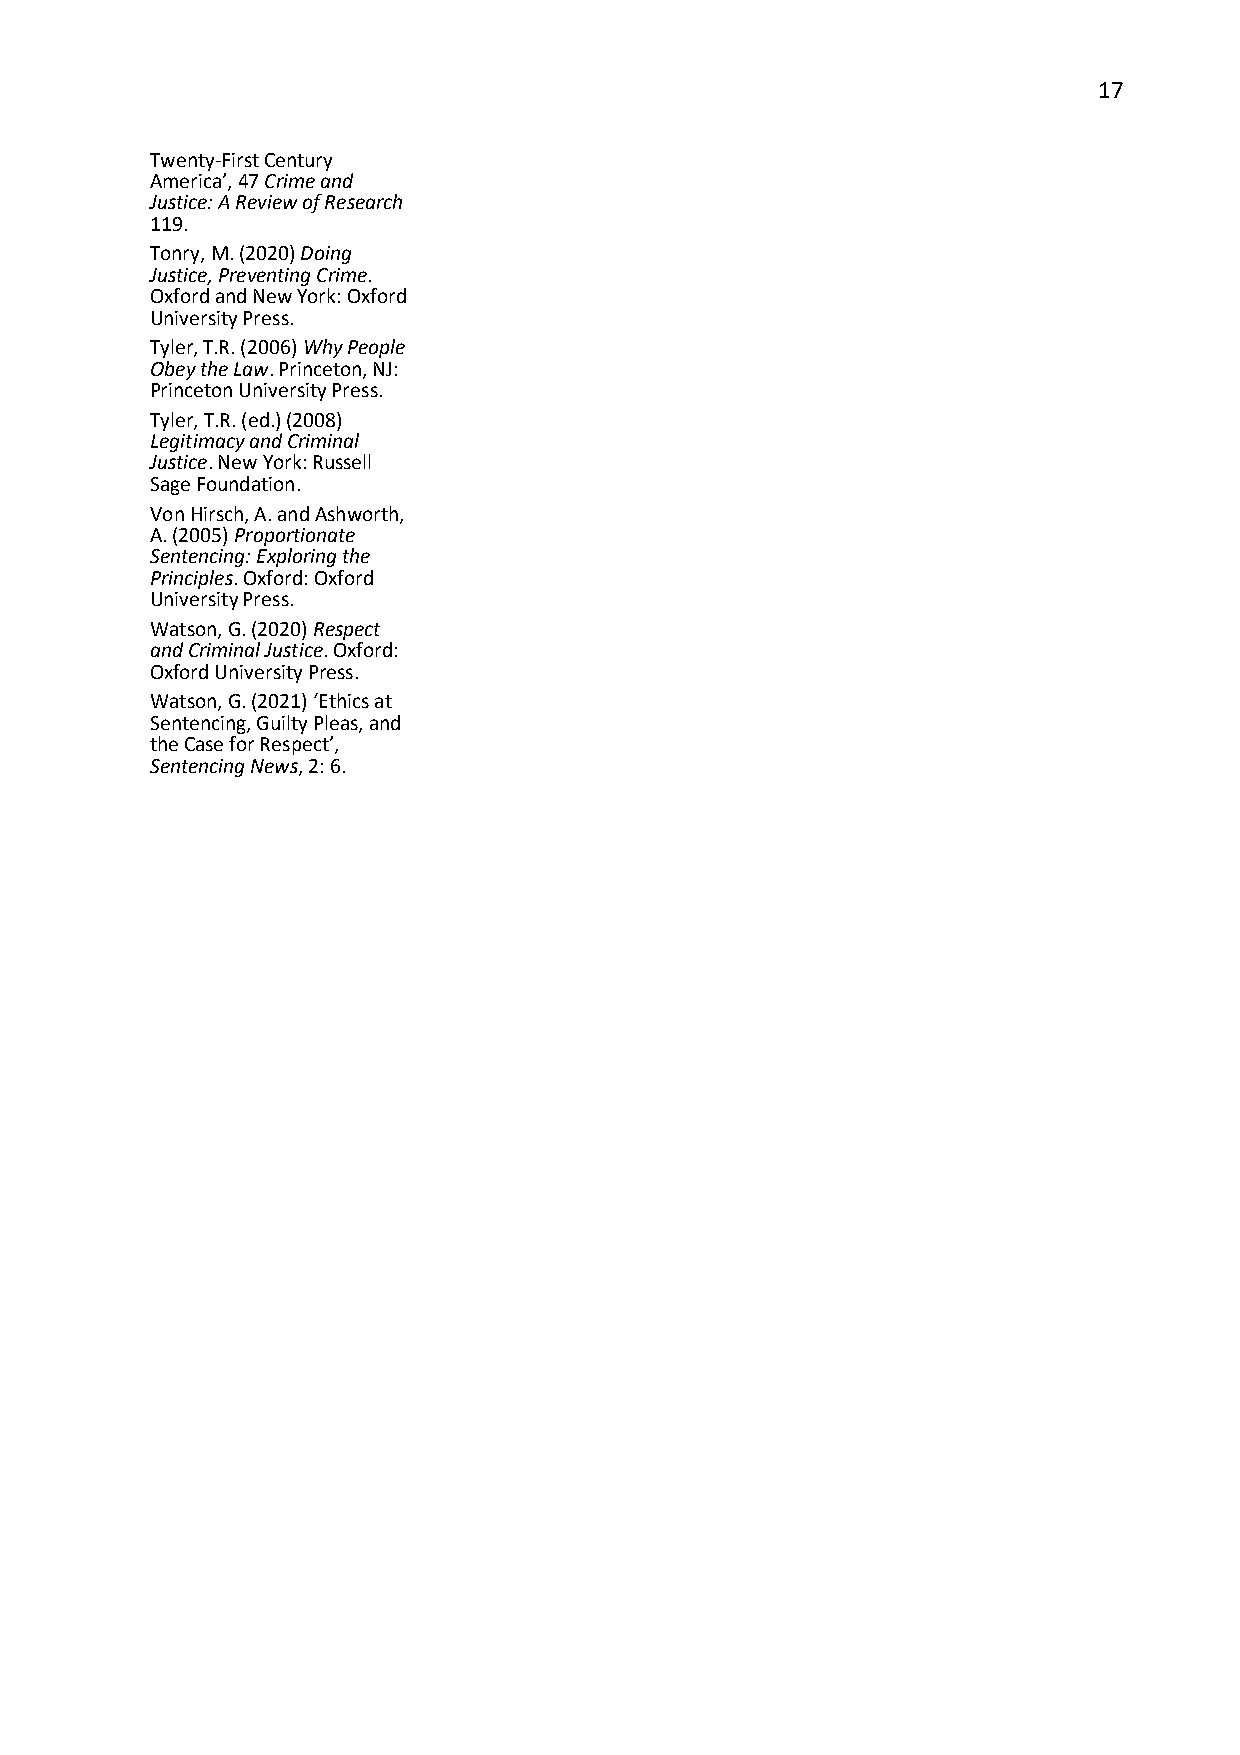
17
 Twenty-First Century
 America’, 47 Crime and
 Justice: A Review of Research
 119.
 Tonry, M. (2020) Doing
 Justice, Preventing Crime.
 Oxford and New York: Oxford
 University Press.
 Tyler, T.R. (2006) Why People
 Obey the Law. Princeton, NJ:
 Princeton University Press.
 Tyler, T.R. (ed.) (2008)
 Legitimacy and Criminal
 Justice. New York: Russell
 Sage Foundation.
 Von Hirsch, A. and Ashworth,
 A. (2005) Proportionate
 Sentencing: Exploring the
 Principles. Oxford: Oxford
 University Press.
 Watson, G. (2020) Respect
 and Criminal Justice. Oxford:
 Oxford University Press.
 Watson, G. (2021) ‘Ethics at
 Sentencing, Guilty Pleas, and
 the Case for Respect’,
 Sentencing News, 2: 6.